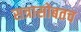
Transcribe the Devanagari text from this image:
सत्रासोबतच